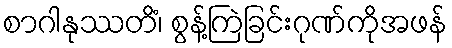
စာဂါနုဿတိံ၊ စွန့်ကြဲခြင်းဂုဏ်ကိုအဖန်